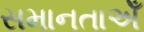
સમાનતાએઁ